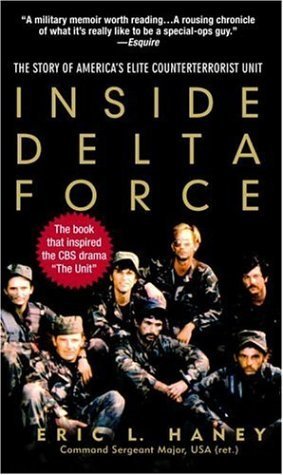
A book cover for Inside Delta Force: The Story of America's Elite Counterterrorist Unit 3rd (third) Edition by Eric Haney published by Delta (2005) Paperback; Engineering & Transportation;